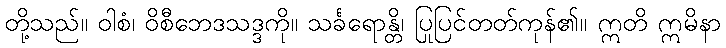
တို့သည်။ ဝါစံ၊ ဝိစီဘေဒသဒ္ဒကို။ သင်္ခရောန္တိ၊ ပြုပြင်တတ်ကုန်၏။ ဣတိ ဣမိနာ